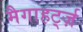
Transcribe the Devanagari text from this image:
मैगाहर्ट्ज़